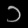
Digit: ၁